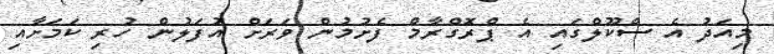
މިއަދު އެ ސްކޫލްގައި އެ ޕްރޮގްރާމް ފެށުމުން ވަރަށް އުފަލުން ހުރި ކަމަށާއި